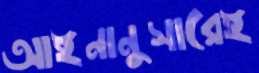
আইনানুসারেই